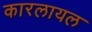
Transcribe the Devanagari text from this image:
कारलायल